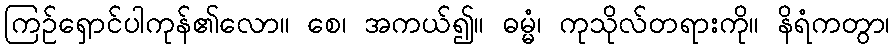
ကြဉ်ရှောင်ပါကုန်၏လော။ စေ၊ အကယ်၍။ ဓမ္မံ၊ ကုသိုလ်တရားကို။ နိရံကတွာ၊